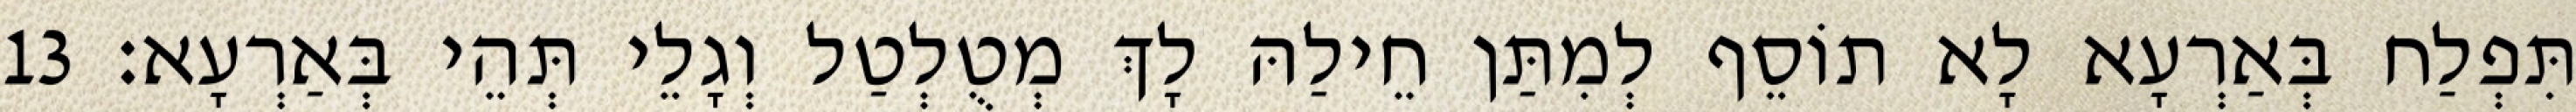
תִּפְלַח בְּאַרְעָא לָא תוֹסֵף לְמִתַּן חֵילַהּ לָךְ מְטֻלְטַל וְגָלֵי תְּהֵי בְּאַרְעָא׃ 13